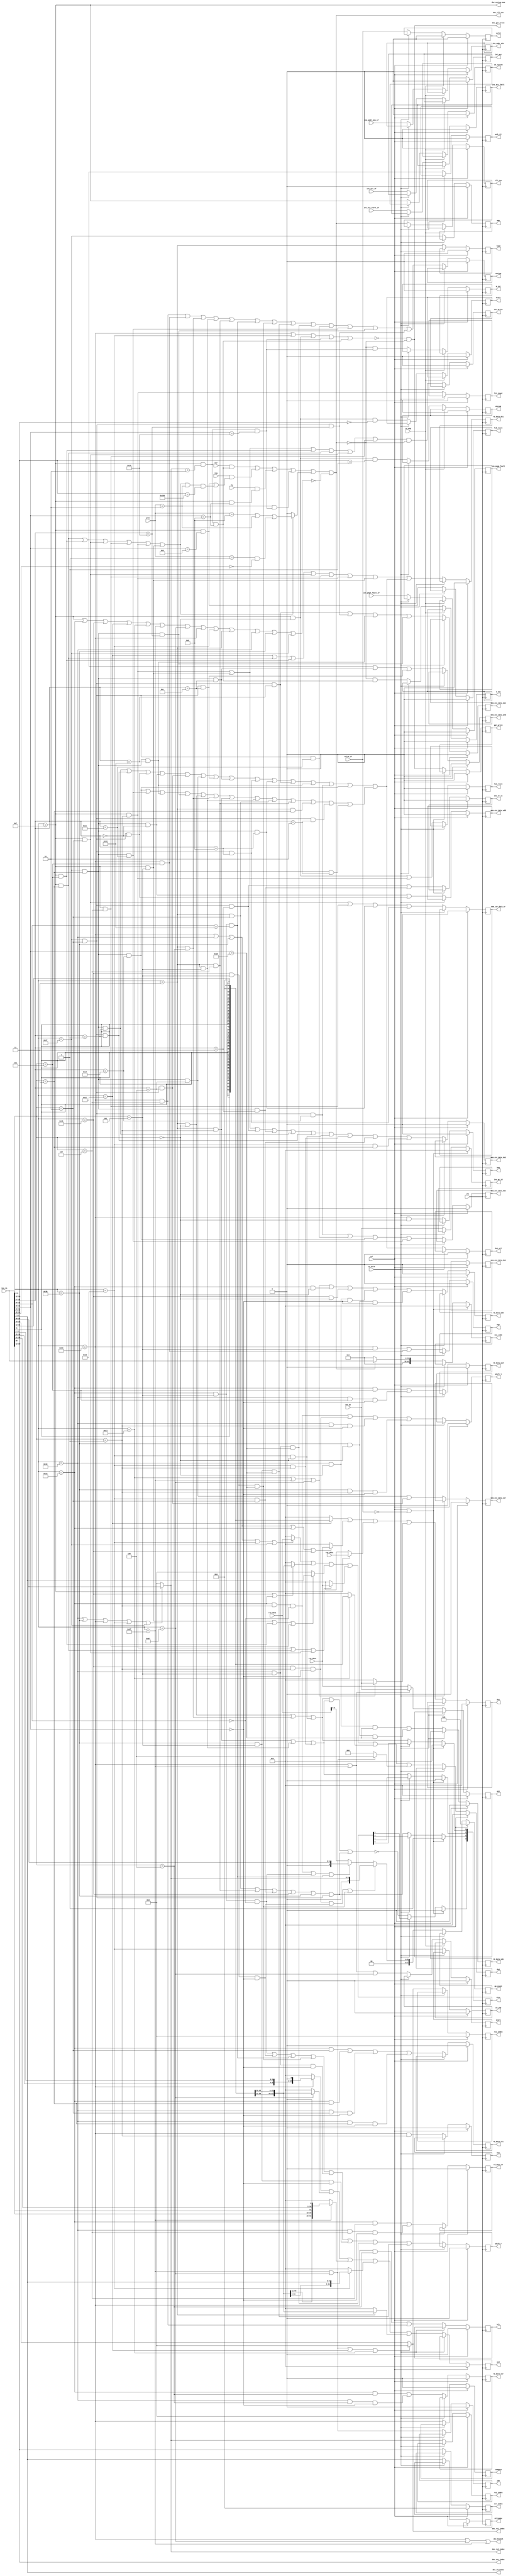
//PRV464
//RV64IA
// RISCVJB

module ins_dec(

input wire clk,
input wire rst,

//csr
input wire [3:0]priv,		//
input wire tvm,
input wire tsr,
input wire tw,
input wire [63:0]csr_data,
//GPR
input wire [63:0]rs1_data,
input wire [63:0]rs2_data,

//IF
//
input wire [31:0]ins_in,
//PC
input wire [63:0]ins_pc,
//
input wire ins_acc_fault_if,	//
input wire ins_addr_mis_if, 	//
input wire ins_page_fault_if,	//
input wire int_acc_if,			//
input wire valid_if,			//

//EX
//
//insaddr
output reg [63:0]exc_code,
//pc
output reg [63:0]ins_pc_id,

// ALU,
//rd
output reg rd_data_ds1,		//ds1
output reg rd_data_add,		//
output reg rd_data_sub,		//
output reg rd_data_and,		//&
output reg rd_data_or,		//|
output reg rd_data_xor,		//^
output reg rd_data_slt,		//
output reg compare,			//bge0_blt1\beq0_bne1
output reg amo_lr_sc,		//lr/sc

//mem_csr_data
output reg mem_csr_data_ds1,
output reg mem_csr_data_ds2,
output reg mem_csr_data_add,
output reg mem_csr_data_and,
output reg mem_csr_data_or,
output reg mem_csr_data_xor,
output reg mem_csr_data_max,
output reg mem_csr_data_min,
//,
output reg blt,				//blt bltu1
output reg bge,
output reg beq,				//bne
output reg bne,				//
output reg jmp,				//JAL JALR
output reg unsign,			//mem
output reg and_clr,			//csrandclr
output reg ds1_sel,			//ALU ds10ds11MEM

//
output reg [3:0]size, 		//0001:1Byte 0010:2Byte 0100=4Byte 1000=8Byte
//
//EX
output reg load,
output reg store,
output reg amo,
output reg l1i_reset,		//
output reg l1d_reset,		//
output reg TLB_reset,		//TLB
output reg shift_r,			//
output reg shift_l,			//

//valid=0
output reg csr_write,
output reg gpr_write,
output reg [11:0]csr_index,
output reg [4:0]rs1_index,
output reg [4:0]rs2_index,
output reg [4:0]rd_index,

//							   
output reg [63:0]ds1,		//1imm/rs1/rs1/csr/pc /pc
output reg [63:0]ds2,		//200 /rs2/imm/imm/imm/04
output reg [63:0]as1,		//1,  pc/rs1/rs1
output reg [63:0]as2,		//2, imm/imm/00
output reg [7:0]op_count,	//AMO
//
//WBcsr
output reg id_system,		//systemop code=system1
output reg id_jmp,			// opcode=branch1
output reg ins_acc_fault,	//
output reg ins_addr_mis, 	//
output reg ins_page_fault,	//
output reg int_acc,			//
output reg valid, 			//
output reg ill_ins,			//
output reg m_ret,				//
output reg s_ret,
output reg ecall,			//
output reg ebreak,			//
//EX


//pip_ctrl
//pip_ctrl
output wire [4:0]dec_rs1_index,			//rs1index
output wire [4:0]dec_rs2_index,
output wire [4:0]dec_rd_index,
output wire [11:0]dec_csr_index,
//IDpip_ctrl
output wire dec_gpr_write,
output wire dec_ill_ins,				//
output wire dec_branch,					//
output wire dec_system_mem,				//,systemfence

input wire id_hold,						//ID
input wire id_nop						//ID

);
//opcode,RV7
parameter lui_encode 	= 7'b0110111;
parameter auipc_encode	= 7'b0010111;
parameter jal_encode	= 7'b1101111;
parameter jalr_encode	= 7'b1100111;
parameter branch_encode	= 7'b1100011;
parameter load_encode 	= 7'b0000011;
parameter store_encode	= 7'b0100011;
parameter imm_encode	= 7'b0010011;
parameter imm_32_encode = 7'b0011011;
parameter reg_encode	= 7'b0110011;	//R typeopcode
parameter reg_32_encode = 7'b0111011;	
parameter mem_encode	= 7'b0001111;	//MISC-MEMOPCODE
parameter system_encode = 7'b0001111;	
parameter amo_encode	= 7'b0101111;
parameter m_32_encode	= 7'b0111011;

//size
parameter sbyte_size	= 4'b0001;		//Singal Byte
parameter dbyte_size	= 4'b0010;		//Double Byte
parameter qbyte_size	= 4'b0100;		//Quad Byte
parameter obyte_size	= 4'b1000;		//Octal Byte
//
parameter user = 4'b0001;
parameter supe = 4'b0010;
parameter mach = 4'b1000;

//opcode
wire op_system;		//CSR
wire op_imm;		//I type
wire op_32_imm;
wire op_lui;		//lui
wire op_auipc;		//auipc
wire op_jal;
wire op_jalr;
wire op_branch;		// (B type)
wire op_store;
wire op_load;
wire op_reg;		//R type
wire op_32_reg;
wire op_amo;
wire op_m;			// 

//funct3
wire funct3_0; 
wire funct3_1;
wire funct3_2;
wire funct3_3;
wire funct3_4;
wire funct3_5;
wire funct3_6;
wire funct3_7;
//funct5
wire funct5_0;
wire funct5_1;
wire funct5_2;
wire funct5_3;
wire funct5_4;
/*
wire funct5_5;
wire funct5_6;
wire funct5_7;
*/
wire funct5_8;
/*
wire funct5_9;
wire funct5_10;
wire funct5_11;
*/
wire funct5_12;
/*
wire funct5_13;
wire funct5_14;
wire funct5_15;
*/
wire funct5_16;
/*
wire funct5_17;
wire funct5_18;
wire funct5_19;
*/
wire funct5_20;
/*
wire funct5_21;
wire funct5_22;
wire funct5_23;
*/
wire funct5_24;
/*
wire funct5_25;
wire funct5_26;
wire funct5_27;
*/
wire funct5_28;
/*
wire funct5_29;
wire funct5_30;
wire funct5_31;
*/
//funct6	funct6
wire funct6_0;
wire funct6_16;
//funct7
wire funct7_32;
wire funct7_24;
wire funct7_8;
wire funct7_9;
wire funct7_0;

//funct12
wire funct12_0;
wire funct12_1;
//
wire [63:0]imm20;		//LUIAUIPC20
wire [63:0]imm20_jal;	//jal20
wire [63:0]imm12_i;		//I-typeL-type12
wire [63:0]imm12_b;		//b-type12
wire [63:0]imm12_s;		//S-type12

wire [63:0]imm5_csr;	//csr50
//
wire sbyte;				//
wire dbyte;				//
wire qbyte;				//
wire obyte;				//8
//
wire [7:0]op_count_decode;	//
//
//RV32I
wire ins_lui;	
wire ins_auipc;
wire ins_jal;
wire ins_jalr;
wire ins_beq;
wire ins_bne;
wire ins_blt;
wire ins_bge;
wire ins_bltu;
wire ins_bgeu;
wire ins_lb;
wire ins_lbu;
wire ins_lh;
wire ins_lhu;
wire ins_lw;

wire ins_sb;
wire ins_sh;
wire ins_sw;

wire ins_addi;

wire ins_slti;
wire ins_sltiu;
wire ins_xori;
wire ins_ori;
wire ins_andi;
wire ins_slli;
wire ins_srli;
wire ins_srai;
wire ins_add;
wire ins_sub;
wire ins_sll;
wire ins_slt;
wire ins_sltu;
wire ins_xor;
wire ins_srl;
wire ins_sra;
wire ins_or;
wire ins_and;
wire ins_fence;		
wire ins_fence_i;	
wire ins_ecall;
wire ins_ebreak;
wire ins_csrrw;
wire ins_csrrs;
wire ins_csrrc;
wire ins_csrrwi;
wire ins_csrrsi;
wire ins_csrrci;
//RV64I ext
wire ins_lwu;
wire ins_ld;
wire ins_sd;
wire ins_addiw;
wire ins_slliw;
wire ins_srliw;
wire ins_sraiw;
wire ins_addw;
wire ins_subw;
wire ins_sllw;
wire ins_srlw;
wire ins_sraw;
//RV32A
wire ins_lrw;
wire ins_scw;
wire ins_amoswapw;
wire ins_amoaddw;
wire ins_amoxorw;
wire ins_amoandw;
wire ins_amoorw;
wire ins_amominw;
wire ins_amomaxw;
wire ins_amominuw;
wire ins_amomaxuw;
//rv64A
wire ins_lrd;
wire ins_scd;
wire ins_amoswapd;
wire ins_amoaddd;
wire ins_amoxord;
wire ins_amoandd;
wire ins_amoord;
wire ins_amomind;
wire ins_amomaxd;
wire ins_amominud;
wire ins_amomaxud;
//
wire ins_mret;
wire ins_sret;
wire ins_sfencevma;
wire ins_wfi;

//
wire dec_csr_acc_fault;		//csr
wire dec_ins_unpermit;		//
wire dec_ins_dec_fault;		//

//ALUds1MEM
wire ds1_mem_iden;
assign ds1_mem_iden = ins_amoswapd|ins_amoswapw|ins_amoaddw|ins_amoaddd|ins_amoxorw|ins_amoxord
		|ins_amoandw|ins_amoandd|ins_amoorw|ins_amoord|ins_amominw|ins_amomind|
		ins_amomaxw|ins_amomaxd||ins_amomaxd|ins_amomaxud|ins_amomind|ins_amominud|
		ins_lb|ins_lbu|ins_lh|ins_lhu|ins_lw|ins_lwu|ins_ld|ins_lrw|ins_lrd;

//opcode
assign op_system	= (ins_in[6:0]==system_encode);
assign op_imm		= (ins_in[6:0]==imm_encode);
assign op_32_imm	= (ins_in[6:0]==imm_32_encode);
assign op_lui		= (ins_in[6:0]==lui_encode);
assign op_auipc	= (ins_in[6:0]==auipc_encode);
assign op_jal		= (ins_in[6:0]==jal_encode);
assign op_jalr		= (ins_in[6:0]==jalr_encode);
assign op_branch	= (ins_in[6:0]==branch_encode);
assign op_load		= (ins_in[6:0]==load_encode);
assign op_store		= (ins_in[6:0]==store_encode);
assign op_reg		= (ins_in[6:0]==reg_encode);
assign op_32_reg	= (ins_in[6:0]==reg_32_encode);
assign op_amo		= (ins_in[6:0]==amo_encode);

assign op_m			= (ins_in[6:0]==mem_encode);

//funct3
assign funct3_0		= (ins_in[14:12]==3'h0);
assign funct3_1		= (ins_in[14:12]==3'h1);
assign funct3_2		= (ins_in[14:12]==3'h2);
assign funct3_3		= (ins_in[14:12]==3'h3);
assign funct3_4		= (ins_in[14:12]==3'h4);
assign funct3_5		= (ins_in[14:12]==3'h5);
assign funct3_6		= (ins_in[14:12]==3'h6);
assign funct3_7		= (ins_in[14:12]==3'h7);
//funct5
assign funct5_0		= (ins_in[31:27]==5'h00);
assign funct5_1		= (ins_in[31:27]==5'h01);
assign funct5_2		= (ins_in[31:27]==5'h02);
assign funct5_3		= (ins_in[31:27]==5'h03);
assign funct5_4		= (ins_in[31:27]==5'h04);
/*
assign funct5_5		= (ins_in[31:27]==5'h05);
assign funct5_6		= (ins_in[31:27]==5'h06);
assign funct5_7		= (ins_in[31:27]==5'h07);
*/
assign funct5_8		= (ins_in[31:27]==5'h08);
/*
assign funct5_9		= (ins_in[31:27]==5'h09);
assign funct5_10	= (ins_in[31:27]==5'h0a);
assign funct5_11	= (ins_in[31:27]==5'h0b);
*/
assign funct5_12	= (ins_in[31:27]==5'h0c);
/*
assign funct5_13	= (ins_in[31:27]==5'h0d);
assign funct5_14	= (ins_in[31:27]==5'h0e);
assign funct5_15	= (ins_in[31:27]==5'h0f);
*/
assign funct5_16	= (ins_in[31:27]==5'h10);
/*
assign funct5_17	= (ins_in[31:27]==5'h11);
assign funct5_18	= (ins_in[31:27]==5'h12);
assign funct5_19	= (ins_in[31:27]==5'h13);
*/
assign funct5_20	= (ins_in[31:27]==5'h14);
/*
assign funct5_21	= (ins_in[31:27]==5'h15);
assign funct5_22	= (ins_in[31:27]==5'h16);
assign funct5_23	= (ins_in[31:27]==5'h17);
*/
assign funct5_24	= (ins_in[31:27]==5'h18);
/*
assign funct5_25	= (ins_in[31:27]==5'h19);
assign funct5_26	= (ins_in[31:27]==5'h1a);
assign funct5_27	= (ins_in[31:27]==5'h1b);
*/
assign funct5_28	= (ins_in[31:27]==5'h1c);
/*
assign funct5_29	= (ins_in[31:27]==5'h1d);
assign funct5_30	= (ins_in[31:27]==5'h1e);
assign funct5_31	= (ins_in[31:27]==5'h1f);
*/
//funct6
assign funct6_0		= (ins_in[31:26]==6'b000000);
assign funct6_16	= (ins_in[31:26]==6'b010000);
//funct7
assign funct7_0		= (ins_in[31:25]==7'h00);
assign funct7_8		= (ins_in[31:25]==7'h08);
assign funct7_9		= (ins_in[31:25]==7'h09);
assign funct7_24	= (ins_in[31:25]==7'h18);
assign funct7_32	= (ins_in[31:25]==7'h20);

//funct12
assign funct12_0	= (ins_in[31:20]==12'h0);
assign funct12_1	= (ins_in[31:20]==12'h1);
//
assign ins_lui 		= op_lui;
assign ins_auipc 	= op_auipc;
assign ins_jal		= op_jal;
assign ins_jalr		= op_jalr;
assign ins_beq		= op_branch&funct3_0;
assign ins_bne		= op_branch&funct3_1;
assign ins_blt		= op_branch&funct3_4;
assign ins_bge		= op_branch&funct3_5;
assign ins_bltu		= op_branch&funct3_6;
assign ins_bgeu		= op_branch&funct3_7;
assign ins_lb		= op_load&funct3_0;
assign ins_lh		= op_load&funct3_1;
assign ins_lw		= op_load&funct3_2;
assign ins_lbu		= op_load&funct3_4;
assign ins_lhu		= op_load&funct3_5;
assign ins_sb		= op_store&funct3_0;
assign ins_sh		= op_store&funct3_1;
assign ins_sw		= op_store&funct3_2;
assign ins_addi		= op_imm&funct3_0;
assign ins_slti		= op_imm&funct3_2;
assign ins_sltiu	= op_imm&funct3_3;
assign ins_xori		= op_imm&funct3_4;
assign ins_ori		= op_imm&funct3_6;
assign ins_andi		= op_imm&funct3_7;
assign ins_slli		= op_imm&funct3_1&funct6_0;
assign ins_srli		= op_imm&funct3_5&funct6_0;
assign ins_srai		= op_imm&funct3_5&funct6_16;
assign ins_add		= op_reg&funct3_0&funct7_0;
assign ins_sub		= op_reg&funct3_0&funct7_32;
assign ins_sll		= op_reg&funct3_1&funct7_0;
assign ins_slt		= op_reg&funct3_2&funct7_0;
assign ins_sltu		= op_reg&funct3_3&funct7_0;
assign ins_xor		= op_reg&funct3_4&funct7_0;
assign ins_srl		= op_reg&funct3_5&funct7_0;
assign ins_sra		= op_reg&funct3_5&funct7_32;
assign ins_or		= op_reg&funct3_6&funct7_0;
assign ins_and		= op_reg&funct3_7&funct7_0;
assign ins_fence	= op_m&funct3_0;
assign ins_fence_i	= op_m&funct3_1;	
assign ins_ecall	= op_system&funct3_0&funct12_0;
assign ins_ebreak	= op_system&funct3_0&funct12_1;
assign ins_csrrw	= op_system&funct3_1;
assign ins_csrrs	= op_system&funct3_2;
assign ins_csrrc	= op_system&funct3_3;
assign ins_csrrwi	= op_system&funct3_5;
assign ins_csrrsi	= op_system&funct3_6;
assign ins_csrrci	= op_system&funct3_7;
//rv64i
assign ins_lwu		= op_load&funct3_6;
assign ins_ld		= op_load&funct3_3;
assign ins_sd		= op_store&funct3_3;
assign ins_addiw	= op_32_imm&funct3_0;
assign ins_slliw	= op_32_imm&funct3_1&funct7_0;
assign ins_srliw	= op_32_imm&funct3_5&funct7_0;
assign ins_sraiw	= op_32_imm&funct3_5&funct7_32;
assign ins_addw		= op_32_reg&funct3_0&funct7_0;
assign ins_subw		= op_32_reg&funct3_0&funct7_32;
assign ins_sllw		= op_32_reg&funct3_1&funct7_0;
assign ins_srlw		= op_32_reg&funct3_5&funct7_0;
assign ins_sraw		= op_32_reg&funct3_5&funct7_32;
//amo32
assign ins_lrw		= op_amo&funct3_2&funct5_2;
assign ins_scw		= op_amo&funct3_2&funct5_3;
assign ins_amoswapw	= op_amo&funct3_2&funct5_1;
assign ins_amoaddw	= op_amo&funct3_2&funct5_0;
assign ins_amoxorw	= op_amo&funct3_2&funct5_4;
assign ins_amoandw	= op_amo&funct3_2&funct5_12;
assign ins_amoorw	= op_amo&funct3_2&funct5_8;
assign ins_amominw	= op_amo&funct3_2&funct5_16;
assign ins_amomaxw	= op_amo&funct3_2&funct5_20;
assign ins_amominuw	= op_amo&funct3_2&funct5_24;
assign ins_amomaxuw	= op_amo&funct3_2&funct5_28;
//amo64
assign ins_lrd		= op_amo&funct3_3&funct5_2;
assign ins_scd		= op_amo&funct3_3&funct5_3;
assign ins_amoswapd	= op_amo&funct3_3&funct5_1;
assign ins_amoaddd	= op_amo&funct3_3&funct5_0;
assign ins_amoxord	= op_amo&funct3_3&funct5_4;
assign ins_amoandd	= op_amo&funct3_3&funct5_12;
assign ins_amoord	= op_amo&funct3_3&funct5_8;
assign ins_amomind	= op_amo&funct3_3&funct5_16;
assign ins_amomaxd	= op_amo&funct3_3&funct5_20;
assign ins_amominud	= op_amo&funct3_3&funct5_24;
assign ins_amomaxud	= op_amo&funct3_3&funct5_28;
//
assign ins_mret		= op_system&(dec_rs2_index==5'b00010)&funct7_24;
assign ins_sret		= op_system&(dec_rs2_index==5'b00010)&funct7_8;
assign ins_sfencevma= op_system&funct7_9;
assign ins_wfi		= op_system&funct7_8;								//wfi
//
assign imm20 	= {{32{ins_in[31]}},ins_in[31:12],12'b0};				//LUIAUIPC20
assign imm20_jal= {{44{ins_in[31]}},ins_in[19:12],ins_in[20],ins_in[30:21],1'b0};				//jal20
assign imm12_i	= {{52{ins_in[31]}},ins_in[31:20]};						//I-typeL-type12
assign imm12_b	= {{52{ins_in[31]}},ins_in[7],ins_in[30:25],ins_in[11:8],1'b0};	//b-type12
assign imm12_s	= {{52{ins_in[31]}},ins_in[31:25],ins_in[11:7]};		//S-type12

assign imm5_csr = {59'b0,ins_in[11:7]};									//csr50


//
assign sbyte 	= ins_lb|ins_lbu|ins_sb;													//
assign dbyte	= ins_lh|ins_lhu|ins_sh;													//
assign qbyte	= ins_lw|ins_lwu|ins_sw|op_32_imm|op_32_reg|(op_amo&funct3_2);				//
assign obyte	= !(sbyte|dbyte|qbyte);														//1248

assign op_count_decode	= 		(ins_slliw|ins_srliw|ins_sraiw)?{3'b0,dec_rs2_index}:
								(ins_slli|ins_srli|ins_srai)?{3'b0,ins_in[24:20]}:
								{2'b0,rs2_data[5:0]};//RV64


//pip_ctrl
//
assign dec_rs1_index= (op_jal|op_jalr|op_lui|op_auipc) ? 5'b0 :(ins_in[19:15]);
assign dec_rs2_index= (op_reg|op_32_reg|op_branch|op_store|op_amo)?(ins_in[24:20]) : 5'b0;//reg branch amo storers2rs20
assign dec_rd_index	= (ins_in[11:7]);
assign dec_csr_index= (ins_in[31:20]);


//
//opcode &system
assign dec_system_mem		= op_system | op_m;
assign dec_branch			= op_branch | ins_jalr|ins_jal;
//
//branch,store,fence
/*

RDX0
X00 */
assign dec_gpr_write		= !(op_branch|op_store|ins_fence|ins_mret|ins_sret) & !dec_ill_ins;


//
//csr
assign dec_csr_acc_fault= (ins_csrrc|ins_csrrci|ins_csrrs|ins_csrrsi|ins_csrrw|ins_csrrwi)?((priv==mach)|(priv==supe)|((priv==user)&(dec_csr_index[9:8]==2'b00))):1'b0;
//tsr tvm tw1,SRETM
assign dec_ins_unpermit	= (tsr&ins_sret)|(tvm&(ins_sfencevma|(ins_csrrc|ins_csrrci|ins_csrrs|ins_csrrsi|ins_csrrw|ins_csrrwi)&(priv==supe)&(dec_csr_index==12'h180)))|
						  (tw&ins_wfi)|
						  (priv==supe)&ins_mret;
//opcode						  
assign dec_ins_dec_fault= !(op_system|op_imm|op_32_imm|op_lui|op_auipc|op_jal|op_jalr|op_branch|op_store|op_load|op_reg|op_32_reg|op_amo);
assign dec_ill_ins		= dec_ins_unpermit|dec_csr_acc_fault|dec_ins_dec_fault;//

//EX
always@(posedge clk)begin
	if(rst)begin
	// ALU,
	//rd
		rd_data_ds1 <= 1'b0;		//ds1	
		rd_data_add <= 1'b0;		//
		rd_data_sub <= 1'b0;
		rd_data_and <= 1'b0;		//&
		rd_data_or	<= 1'b0;		//|
		rd_data_xor <= 1'b0;		//^
		rd_data_slt <= 1'b0;		//
		compare		<= 1'b0;
		amo_lr_sc	<= 1'b0;		//lr/sc

//mem_csr_data
		mem_csr_data_ds1	<= 1'b0;
		mem_csr_data_ds2	<= 1'b0;
		mem_csr_data_add	<= 1'b0;
		mem_csr_data_and	<= 1'b0;
		mem_csr_data_or		<= 1'b0;
		mem_csr_data_xor	<= 1'b0;
		mem_csr_data_max	<= 1'b0;
		mem_csr_data_min	<= 1'b0;
	end
	//hold
	else if(id_hold)begin
	// ALU,
	//rd
		rd_data_ds1 <= rd_data_ds1;		//ds1
		
		rd_data_add <= rd_data_add;		//
		rd_data_sub <= rd_data_sub;
		rd_data_and <= rd_data_and;		//&
		rd_data_or	<= rd_data_or;		//|
		rd_data_xor <= rd_data_xor;		//^
		rd_data_slt <= rd_data_slt;		//
		compare		<= compare;
		amo_lr_sc	<= amo_lr_sc;		//lr/sc

	//mem_csr_data
		mem_csr_data_ds1	<= mem_csr_data_ds1;
		mem_csr_data_ds2	<= mem_csr_data_ds2;
		mem_csr_data_add	<= mem_csr_data_add;
		mem_csr_data_and	<= mem_csr_data_and;
		mem_csr_data_or		<= mem_csr_data_or;
		mem_csr_data_xor	<= mem_csr_data_xor;
		mem_csr_data_max	<= mem_csr_data_max;
		mem_csr_data_min	<= mem_csr_data_min;
	end
	//
	else begin
	// ALU,
	//rd
		rd_data_ds1 <= ins_lui|ins_csrrc|ins_csrrci|ins_csrrs|ins_csrrsi|ins_csrrw|ins_csrrwi|ds1_mem_iden;		
		//ds1RDRD
		//ds1RD
		rd_data_add <= ins_auipc|ins_jal|ins_jalr|ins_addi|ins_addiw|ins_add|ins_addw;		//
		rd_data_sub <= ins_sub|ins_subw;
		rd_data_and <= ins_andi|ins_and;		//&
		rd_data_or	<= ins_ori|ins_or;			//|
		rd_data_xor <= ins_xori|ins_xor;		//^
		rd_data_slt <= ins_slti|ins_sltiu|ins_slt|ins_sltu;		//
		compare		<= op_branch;
		amo_lr_sc	<= ins_scw|ins_scd;		//lr/sc

	//mem_csr_data
		
		mem_csr_data_ds2	<= ins_csrrw|ins_csrrwi|ins_scw|ins_scd|ins_amoswapd|ins_amoswapw|ins_sb|ins_sh|ins_sw|ins_sd;
		mem_csr_data_add	<= ins_amoaddd|ins_amoaddw;
		mem_csr_data_and	<= ins_csrrc|ins_csrrci|ins_amoandd|ins_amoandw;
		mem_csr_data_or		<= ins_csrrs|ins_csrrsi|ins_amoord|ins_amoorw;
		mem_csr_data_xor	<= ins_amoxord|ins_amoxorw;
		mem_csr_data_max	<= ins_amomaxw|ins_amomaxuw|ins_amomaxd|ins_amomaxud;
		mem_csr_data_min	<= ins_amominw|ins_amominuw|ins_amomind|ins_amominud;
	end		
end

//
always@(posedge clk)begin
	if(rst)begin
		blt		<= 1'b0;
		bge		<= 1'b0;
		beq		<= 1'b0;
		bne		<= 1'b0;
		jmp		<= 1'b0;
		unsign 	<= 1'b0;			//mem
		and_clr	<= 1'b0;			//csrandclr
		ds1_sel	<= 1'b0;			//ALU ds10ds11MEM
		
	end
	else if(id_hold)begin
		blt		<= blt;
		bge		<= bge;
		beq		<= beq;
		bne		<= bne;
		jmp		<= jmp;
		unsign 	<= unsign;
		and_clr	<= and_clr;
		ds1_sel	<= ds1_sel;
		
	end
	else begin
		blt		<= ins_blt|ins_bltu;
		bge		<= ins_bge|ins_bgeu;
		beq		<= ins_beq;
		bne		<= ins_bne;
		jmp		<= ins_jal|ins_jalr;
		unsign 	<= ins_bltu|ins_bgeu|ins_lbu|ins_lhu|ins_lwu|ins_srai|ins_sraiw|
		ins_sraw|ins_sra|ins_amomaxuw|ins_amomaxud|ins_amominud|ins_amominuw;	// unsign1
		and_clr	<= ins_csrrc|ins_csrrci;
		ds1_sel	<= ds1_mem_iden;		//ds1memds1_sel=1
		
	end
end
//size
always@(posedge clk)begin
	if(rst | !valid_if)begin
		size <= qbyte_size;
	end
	else if(id_hold)begin
		size <= size;
	end
	else begin
		size[0] <= sbyte;
		size[1] <= dbyte;
		size[2] <= qbyte;
		size[3] <= obyte;
	end
end

//&
//valid=1
always@(posedge clk)begin
	if(rst)begin
		load		<= 1'b0;
		store		<= 1'b0;
		amo			<= 1'b0;
		l1i_reset	<= 1'b0;		//
		l1d_reset	<= 1'b0;		//sfence.vma
		TLB_reset	<= 1'b0;
		shift_r		<= 1'b0;						//
		shift_l		<= 1'b0;						////valid=0
		csr_write	<= 1'b0;
		gpr_write	<= 1'b0;
		csr_index	<= 12'b0;
		rs1_index	<= 5'b0;
		rs2_index	<= 5'b0;
		
	end
	else if(id_hold)begin
		load		<= load;
		store		<= store;
		amo			<= amo;
		l1i_reset	<= l1i_reset;	//
		l1d_reset	<= l1d_reset;	//sfence.vma
		TLB_reset	<=	TLB_reset;
		shift_r		<= shift_r;		//
		shift_l		<= shift_l;		//
		csr_write	<= csr_write;
		gpr_write	<= gpr_write;
		csr_index	<= csr_index;
		rs1_index	<= rs1_index;
		rs2_index	<= rs2_index;

	end
	else begin	
		load		<= op_load;
		store		<= op_store;
		amo			<= op_amo;
		l1i_reset 	<= ins_fence_i	;		//sfence.vmafence.i 
		l1d_reset	<= ins_fence | ins_fence_i 	;	    //sfence.vmafence
		TLB_reset	<= ins_sfencevma;
		shift_r		<= ins_srli|ins_srliw|ins_srai|ins_sraiw|ins_srl|ins_srlw|ins_sra|ins_sraw;						//
		shift_l		<= ins_slli|ins_slliw|ins_sll|ins_sllw;						//
		csr_write	<= (ins_csrrwi|ins_csrrw|ins_csrrci|ins_csrrc|ins_csrrs|ins_csrrsi)&!dec_ill_ins;	//CSRRxxCSR
		gpr_write	<= dec_gpr_write;	//
		csr_index	<= dec_csr_index;
		rs1_index	<= dec_rs1_index;
		rs2_index	<= dec_rs2_index;
		rd_index	<= dec_rd_index;
	end
end
//
always@(posedge clk)begin
	if(rst)begin
		//							   
		ds1		<= 64'b0;		//1imm/rs1/rs1/csr/pc /pc
		ds2		<= 64'b0;		//200 /rs2/imm/imm/imm/04
		as1		<= 64'b0;		//1,  pc/rs1/rs1
		as2		<= 64'b0;		//2, imm/imm/00
		op_count<= 8'b0;		//AMO
	end
	else if(id_hold)begin
		ds1		<= ds1;			//1imm/rs1/rs1/csr/pc /pc
		ds2		<= ds2;			//200 /rs2/imm/imm/imm/04
		as1		<= as1;			//1,  pc/rs1/rs1
		as2		<= as2;			//2, imm/imm/00
		op_count<= op_count;	//AMO
	end
	// Table_ID_DAS
	else begin
		ds1 	<= 	(ins_lui										?	imm20	:	64'b0)|
					((op_branch|op_reg|op_32_reg|op_imm|op_32_imm)	?	rs1_data:	64'b0)|
					(op_system										?	csr_data:	64'b0)|
					((ins_auipc|ins_jal|ins_jalr)					?	ins_pc	:	64'b0);
					
		ds2		<= 	((op_branch|op_reg|op_32_reg|op_store|op_amo)	?	rs2_data:	64'b0)|
					((op_32_imm|op_imm)								?	imm12_i	:	64'b0)|
					((ins_csrrwi|ins_csrrci|ins_csrrsi)				?	imm5_csr:	64'b0)|
					((ins_csrrw|ins_csrrc|ins_csrrs)				?	rs1_data:	64'b0)|
					(ins_auipc										?	imm20	:	64'b0)|
					((ins_jal|ins_jalr)								?	64'd4	:	64'b0);
		
		as1		<= 	(op_branch|ins_jal)	?	ins_pc		:	rs1_data;	
		
		as2		<= 	((op_branch)		?	imm12_b		:	64'b0)|
					((ins_jalr)			?	imm12_i		:	64'b0)|
					((ins_jal)			?	imm20_jal	:	64'b0)|
					((op_store)			?	imm12_s		:	64'b0)|
					((op_load)			?	imm12_i		:	64'b0);
		op_count<=	op_count_decode;
	end
end

//
//WBcsr
always@(posedge clk)begin
	if(rst)begin
		id_system		<=	1'b0;		//systemop code=system1
		id_jmp			<=	1'b0;
		ins_acc_fault	<= 	1'b0;	//
		ins_addr_mis	<=	1'b0;	//
		ins_page_fault	<= 	1'b0;	//
		int_acc			<= 	1'b0;			//
		valid			<= 	1'b0;			//
		ill_ins			<= 	1'b0;			//
		m_ret			<= 	1'b0;			//
		s_ret			<=	1'b0;
		ecall			<=	1'b0;		//
		ebreak			<=	1'b0;		//
	end
	//IDvalid0
	else if(id_nop)begin
		valid			<=	1'b0;
	end
	else if(id_hold)begin
		id_system		<=	id_system;		//systemop code=system1
		id_jmp			<= 	id_jmp;		
		ins_acc_fault	<= 	ins_acc_fault;	//
		ins_addr_mis	<=	ins_addr_mis;	//
		ins_page_fault	<= 	ins_page_fault;	//
		int_acc			<= 	int_acc;		//
		valid			<= 	valid;			//
		ill_ins			<= 	ill_ins;		//
		m_ret			<= 	m_ret;			//
		s_ret			<=	s_ret;
		ecall			<=	ecall;			//
		ebreak			<=	ebreak;			//
	end
	//holdnopIDIF
	else begin
		id_system		<=	dec_system_mem;		//systemop code=system1
		id_jmp			<=  op_branch|ins_jal|ins_jalr;
		ins_acc_fault	<= 	ins_acc_fault_if;	//
		ins_addr_mis	<=	ins_addr_mis_if;	//
		ins_page_fault	<= 	ins_page_fault_if;	//
		int_acc			<= 	int_acc_if;			//
		valid			<= 	valid_if;			//
		ill_ins			<= 	dec_ill_ins;		//
		m_ret			<= 	!dec_ill_ins&ins_mret;			//,trap
		s_ret			<=	!dec_ill_ins&ins_sret;
		ecall			<=	ins_ecall;			//
		ebreak			<=	ins_ebreak;			//
	end
	
end
//
always@(posedge clk)begin
	if(rst | !valid_if)begin
		
		exc_code	<=	64'b0;
		//pc
		ins_pc_id	<= 	64'b0;
	end
	else if(id_hold)begin
		exc_code	<=  exc_code;
		ins_pc_id	<=	ins_pc_id;
	end
	else begin
	//ins
		exc_code	<= dec_ill_ins?{32'b0,ins_in}:64'b0;
		ins_pc_id	<=	ins_pc;
	end
end








endmodule